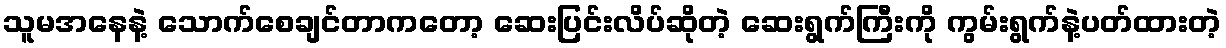
သူမအနေနဲ့ သောက်စေချင်တာကတော့ ဆေးပြင်းလိပ်ဆိုတဲ့ ဆေးရွက်ကြီးကို ကွမ်းရွက်နဲ့ပတ်ထားတဲ့